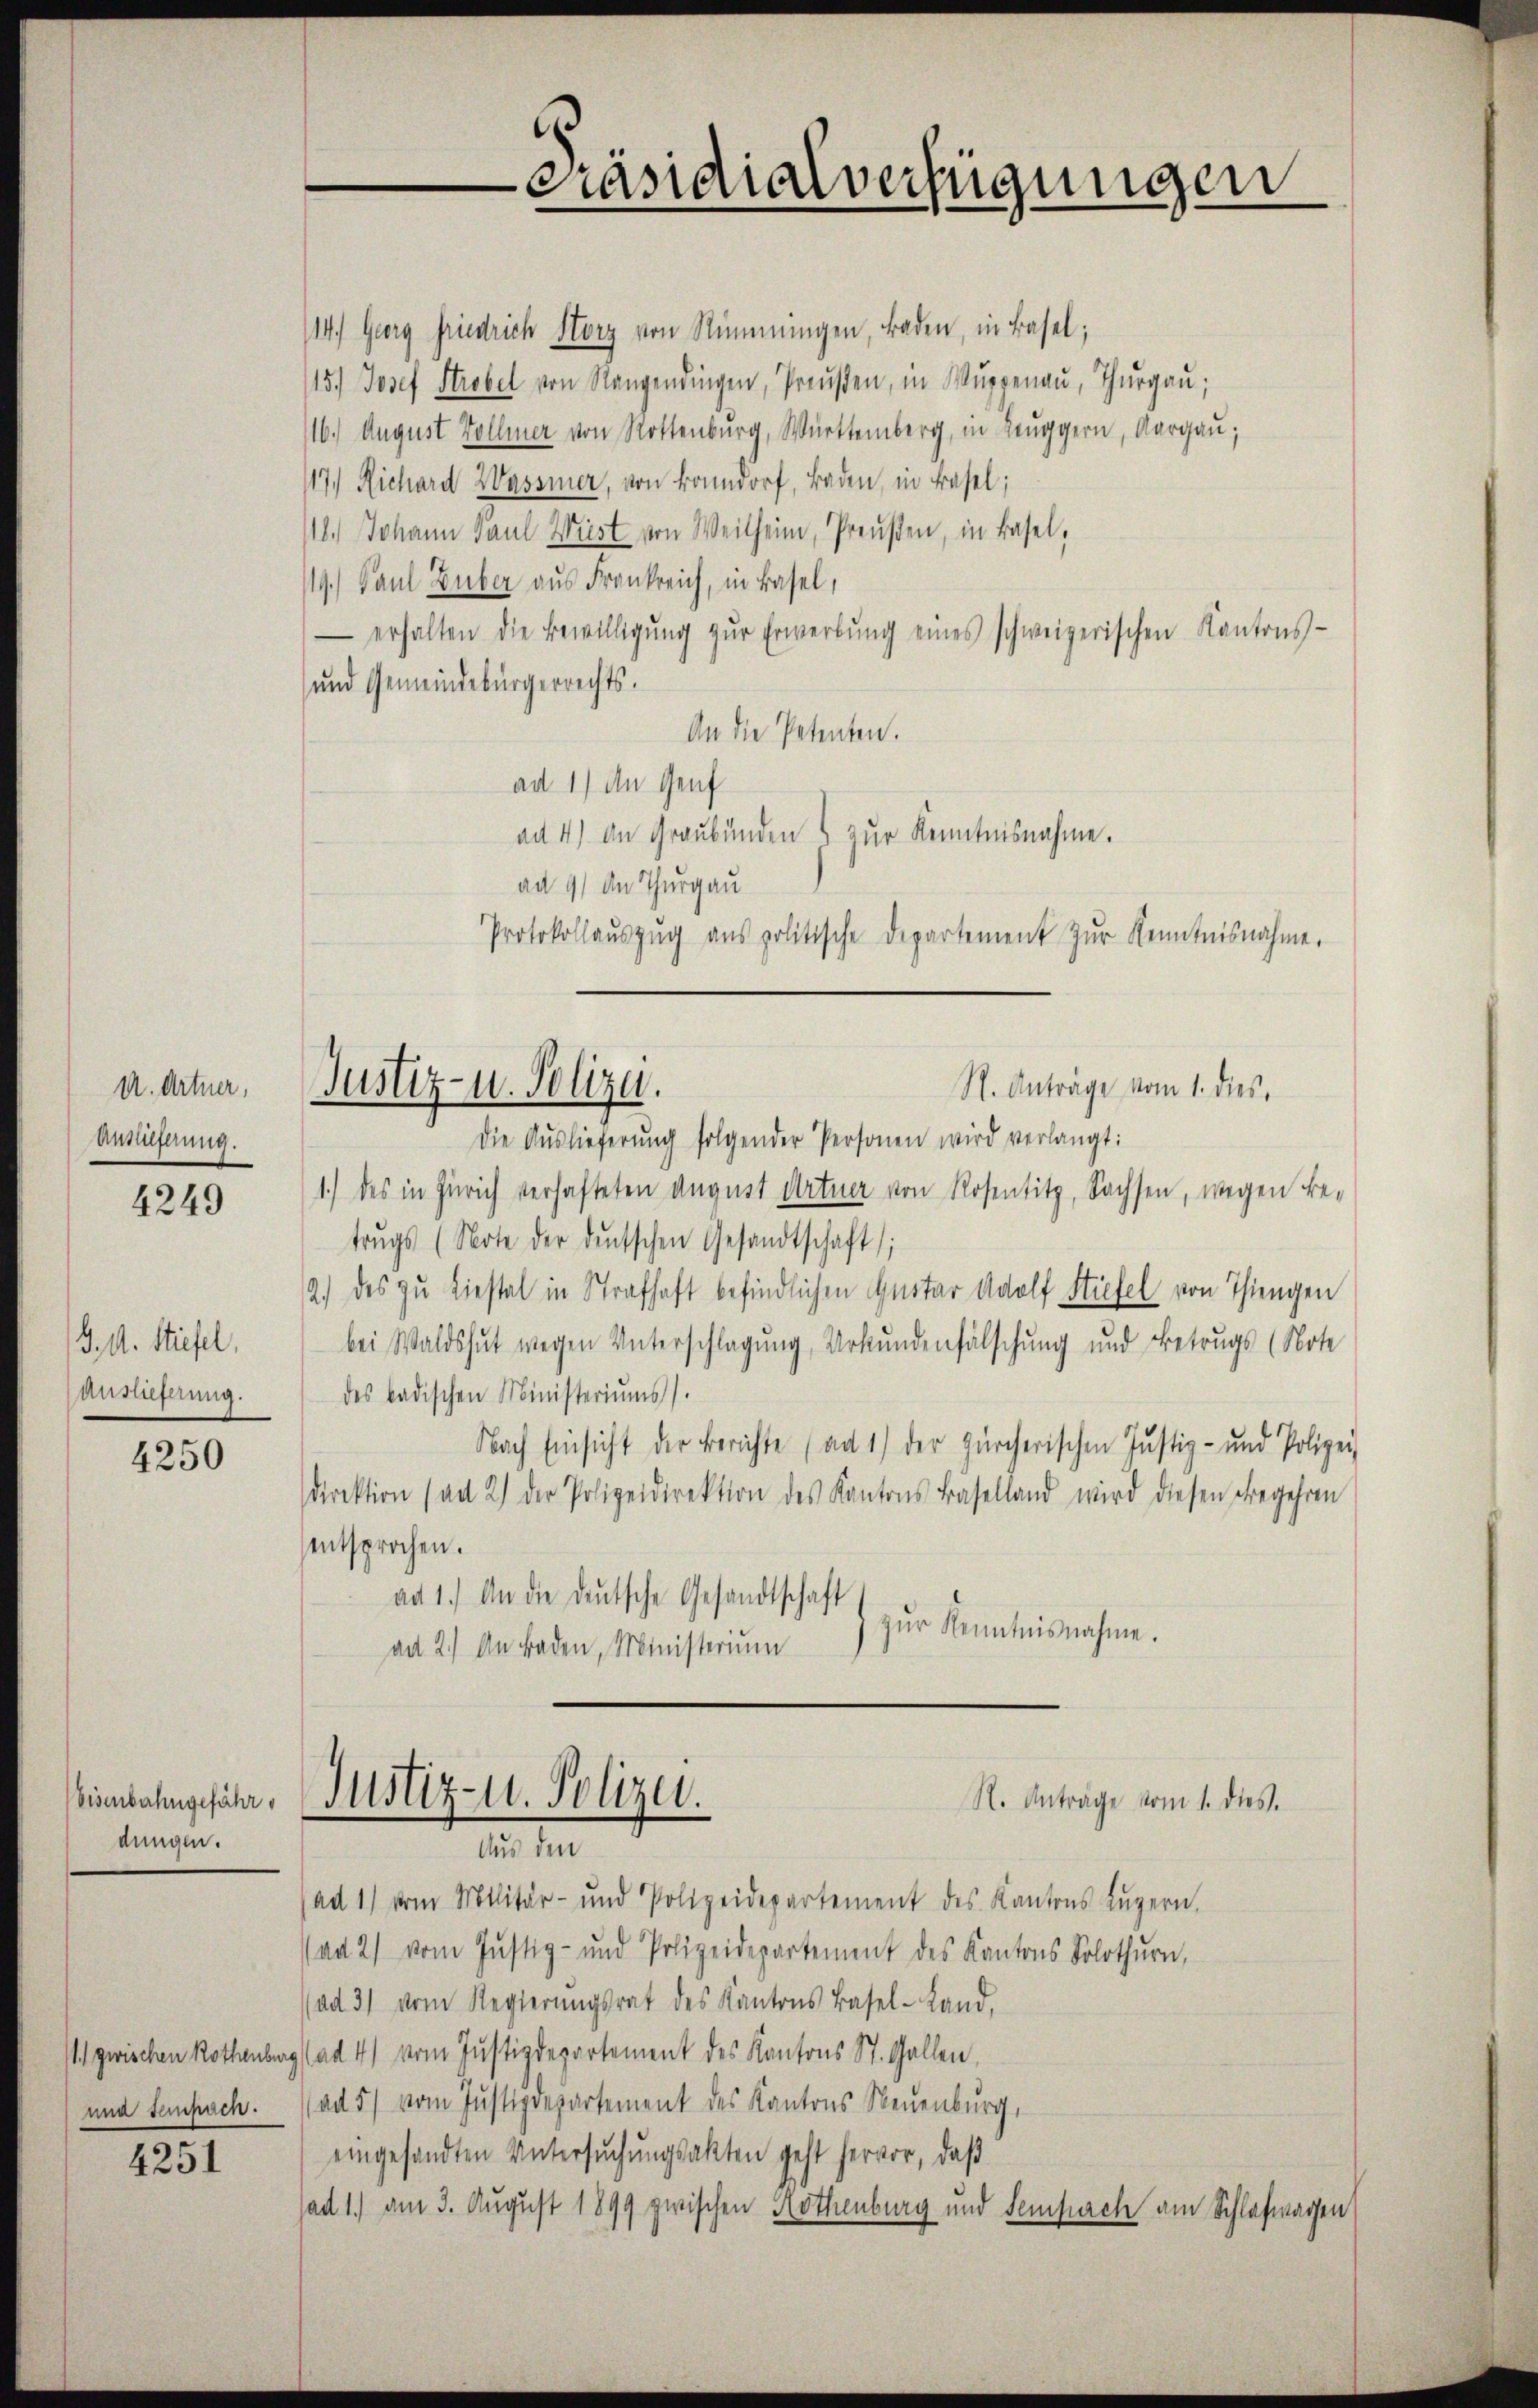
U. Artner,
Anslieferung.

4249

J. A. Stiefel,
Auslieferung.

4250

Eisenbahngefähr
dungen.

) zwischen Rothenbur
und tempach.

4251

114.) Georg Friedrich Storz von Stimmungen, Baden, in Basel;
15.) Josef Strobel von Rangendingen, Preŭβen, in Wŭppenau, Thurgau;
116.) August Vollmer von Rottenburg, Württemberg, in Leuggern, Aargau;
117.) Richard Wasser, von Bonndorf, Baden, in Basel;
118.) Johann Paul Wüst von Weitheim, Preußen, in Basel,
19.) Paul Luber aus Frankreich, in Basel,
- erhalten die Bewilligŭng zŭr Erwerbŭng eines schweizerischen Kantons-
und Gemeindebürgerrechts.
An die Petenten.
ad 1) An Genf
ad 4) an Graubünden & zur Kenntnisnahme.
ad 9) An Thurgau
Protokollaŭszŭg ans politische Departement zŭr Kenntnisnahme.

Justiz- u. Polizei.

Justiz- u. Polizei.
Aus den

Präsidialverfügungen

Die Auslieferŭng folgender Personen wird verlangt:
1.) des in Zürich verhafteten August dortier von Rosentitz, Sachsen, wegen Betrŭgs (Note der deutschen Gesandtschaft;
2.) des zu Liestal in Strafhaft befindlichen Gustar Adolf Stiefel von Thiengen
bei Waldshut wegen Unterschlagung, Urkundenfälschung und Betrugs (Note
des badischen Ministeriums).
Nach Einsicht der Berichte (an 1) der zürcherischen Justiz- und Polizei
direktion (ad 2) der Polizeidirektion des Kantons Baselland wird diesen Begehren
entsprochen.
ad 1.) An die deŭtsche Gesandtschaft
zŭr Kenntnisnahme.
ad 2.) An Baden, Ministerium

R. Anträge vom 1. dies

ad 1) vom Militär- und Polizeidepartement des Kantons Lŭzern,
(ad 2) vom Justiz- und Polizeidepartement des Kantons Solothurn,
(ad 3) vom Regierŭngsrat des Kantons Basel-Land,
lad 4) vom Justizdepartement des Kantons St. Gallen,
ad 5) vom Justizdepartement des Kantons Neuenburg,
eingesandten Untersuchungsakten geht hervor, daß
sad 1.) am 3. August 1899 zwischen Rothenburg und Sempach am Schlafwagen

R. Anträge vom 1. dies.